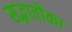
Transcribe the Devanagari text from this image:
सद्भावोंका